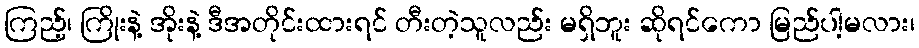
ကြည့်၊ ကြိုးနဲ့ အိုးနဲ့ ဒီအတိုင်းထားရင် တီးတဲ့သူလည်း မရှိဘူး ဆိုရင်ကော မြည်ပါ့မလား၊